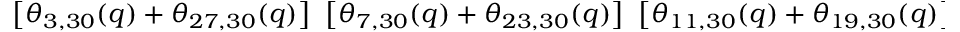
\left[ \theta _ { 3 , 3 0 } ( q ) + \theta _ { 2 7 , 3 0 } ( q ) \right] { } ~ \left[ \theta _ { 7 , 3 0 } ( q ) + \theta _ { 2 3 , 3 0 } ( q ) \right] { } ~ \left[ \theta _ { 1 1 , 3 0 } ( q ) + \theta _ { 1 9 , 3 0 } ( q ) \right] { } ~ \left[ \theta _ { 1 3 , 3 0 } ( q ) + \theta _ { 1 7 , 3 0 } ( q ) \right] ,